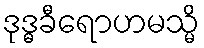
ဒုဒ္ဓခီရောဟမသ္မိ